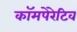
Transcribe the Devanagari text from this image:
कॉमपेरेटिव